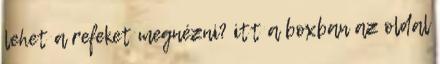
lehet a refeket megnézni? itt a boxban az oldal